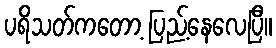
ပရိသတ်ကတော့ ပြည့်နေလေပြီ။